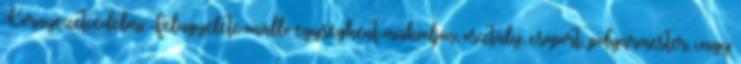
Környezetvédelmi Felügyelete önálló egységként működjön, osztály, csoport, polgármester, vagy